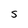
Character: S